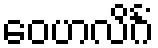
ဝေဟလိင်္ဂံ